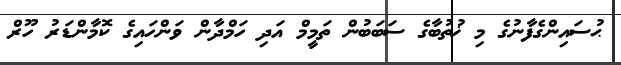
ޙުސައިންގެފާނުގެ މި ޚުތުބާގެ ސަބަބުން ތަމީމް އަދި ހަމްދާން ވަންހައިގެ ކޮމާންޑަރު ހޫރް